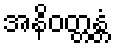
အနိဝတ္တန္တံ